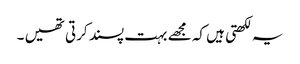
یہ لکھتی ہیں کہ مجھے بہت پسند کرتی تھیں ۔